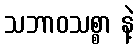
သဘာဝသစ္စာ နဲ့